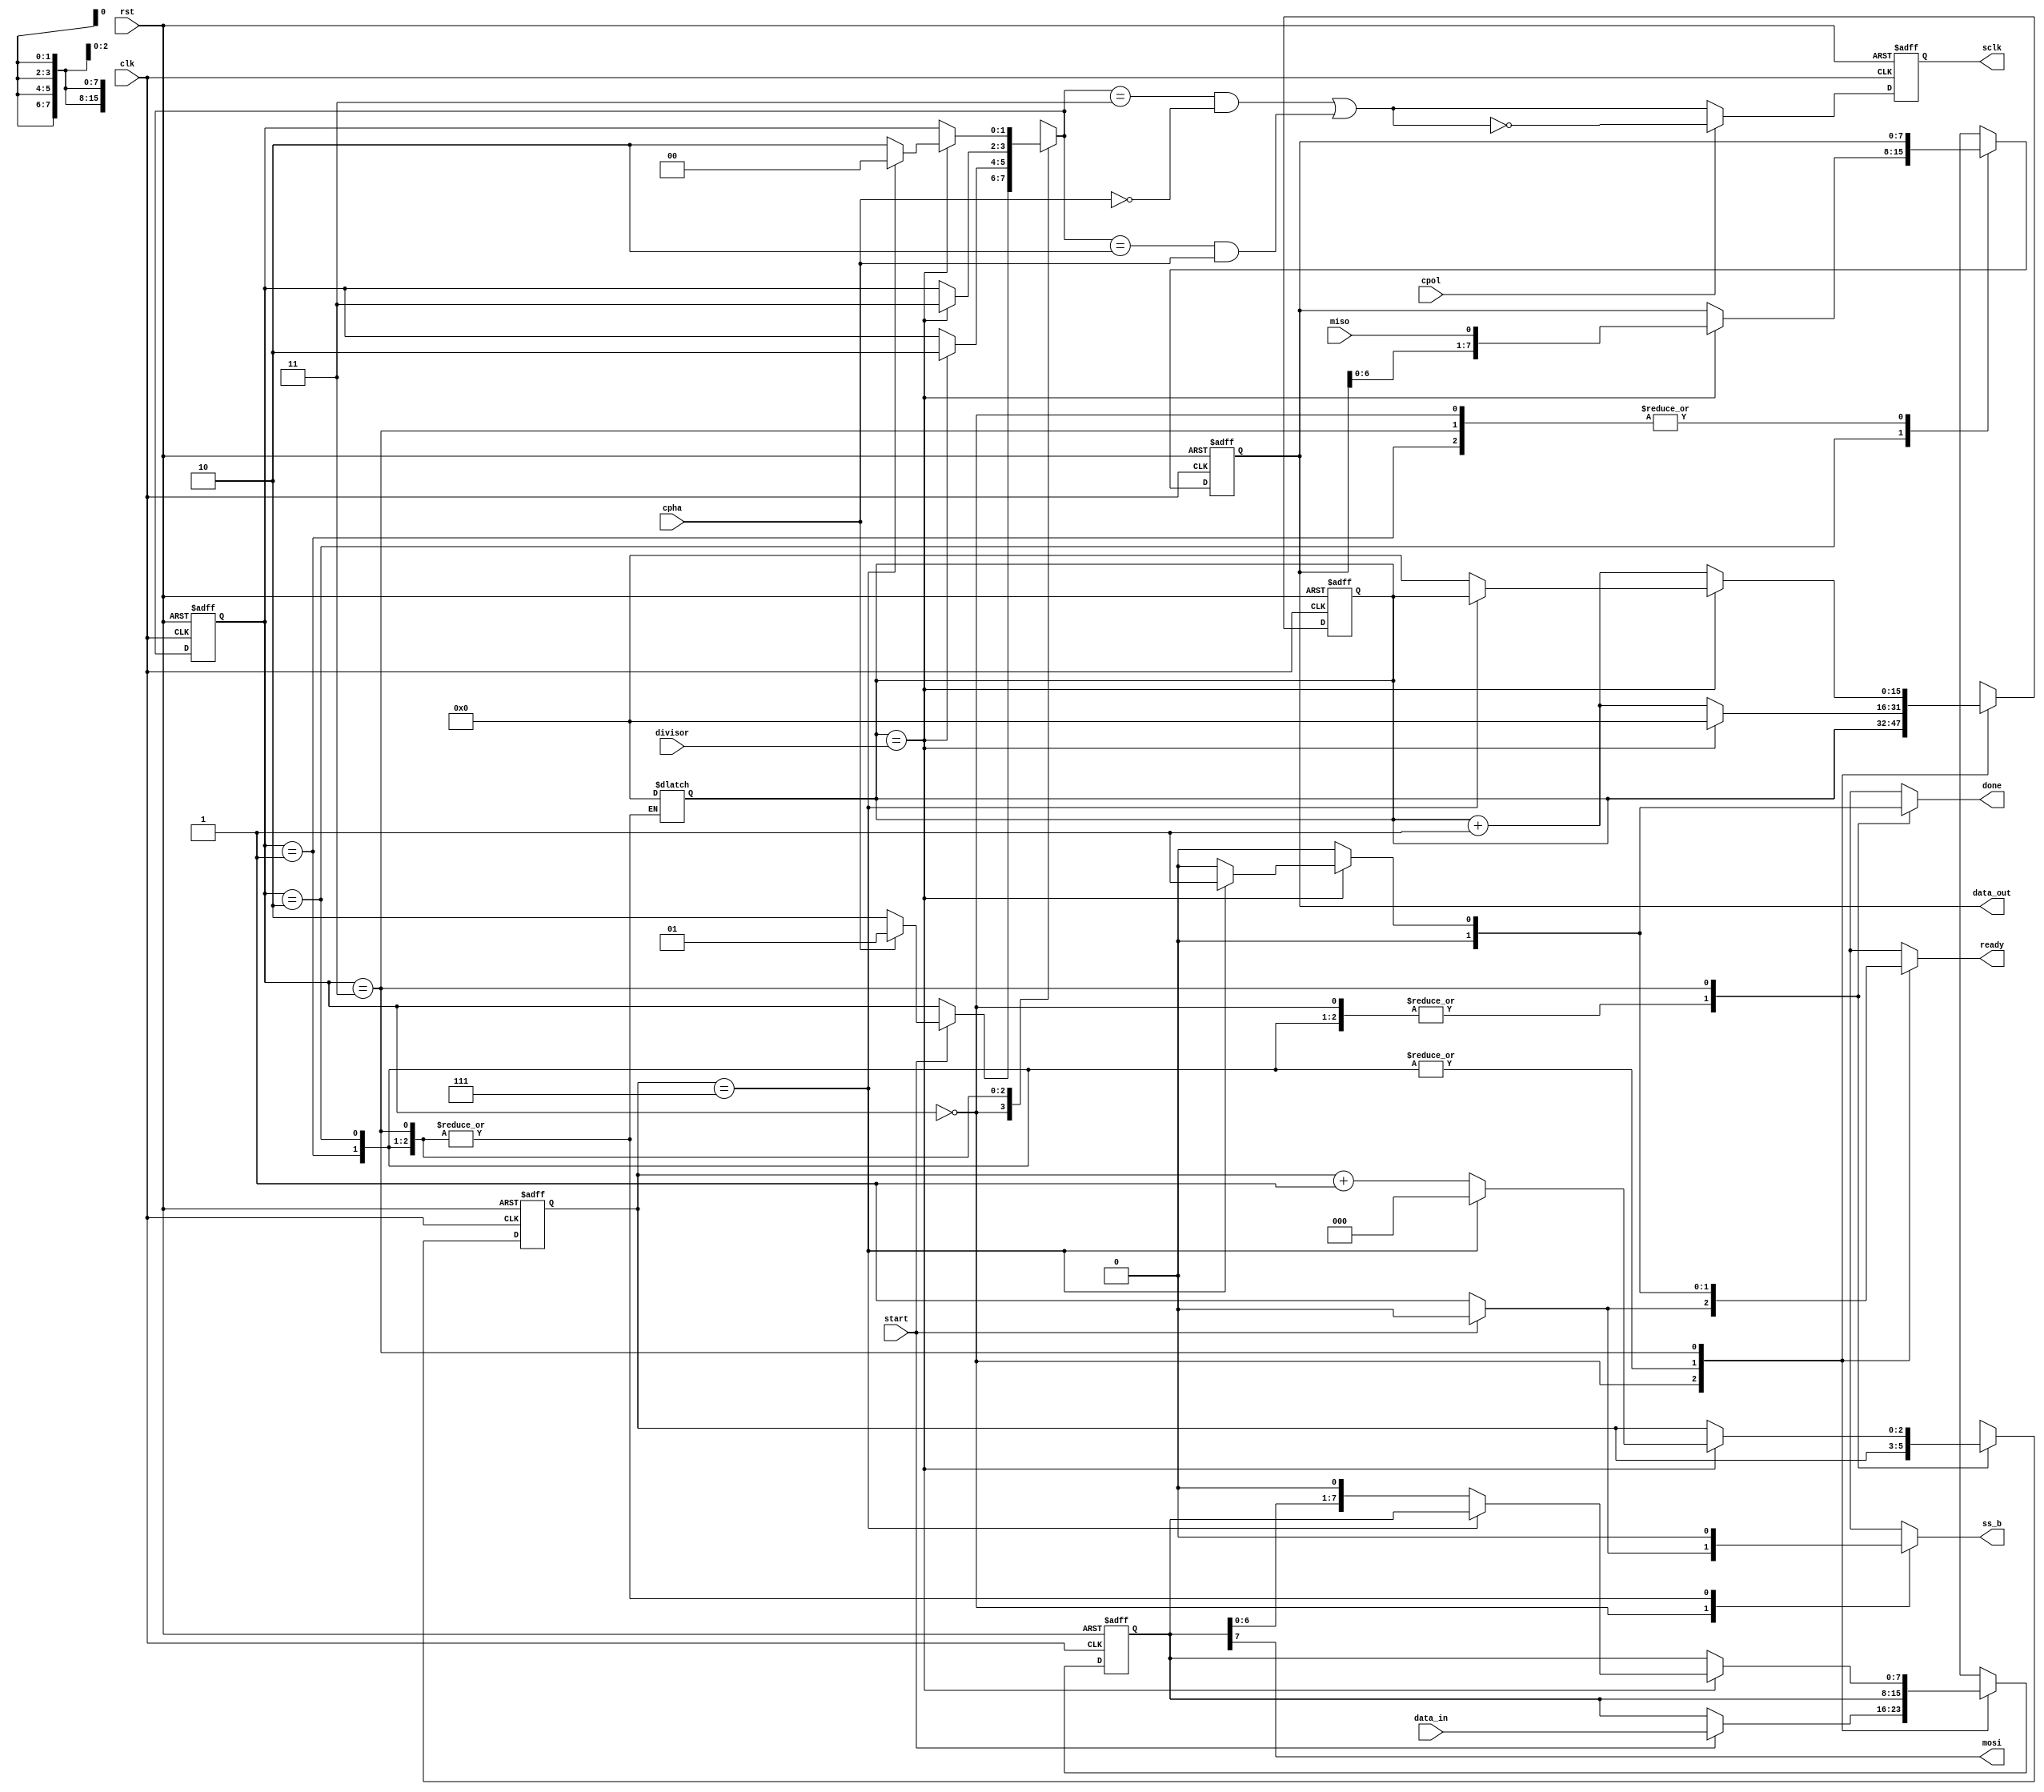
module spi_master (
    clk,rst,data_in,ss_b,start,ready,cpol,cpha,divisor,done,mosi,miso,data_out,sclk
);
input clk,rst,start,cpol,cpha,miso;
input [15:0]divisor;
input [7:0]data_in;
output mosi,ready;
output [7:0]data_out;
output reg ss_b;
output  done;

parameter IDLE = 2'b00, cpha_delay = 2'b01 , half_cycle1 =2'b10, half_cycle2 = 2'b11;
output wire sclk;
reg sclk_cs;
wire sclk_ns;
reg ready1,done1;
reg [2:0]nbit_cs,nbit_ns;
reg [15:0] count_cs,count_ns;
reg [7:0]so_reg_ns,so_reg_cs;
reg [7:0]si_reg_ns,si_reg_cs;
reg [1:0] cs,ns;
reg ss;
wire pclk;

always @(posedge clk,negedge rst)
begin
    if(!rst)
    begin
         cs <= IDLE;
         count_cs <=0;
         sclk_cs <=0;
         si_reg_cs <=0;
         so_reg_cs <=0;
         nbit_cs <=0;
    end    
    else
    begin
        cs <= ns;
        count_cs <= count_ns;
        sclk_cs <= sclk_ns;
        si_reg_cs <=si_reg_ns;
        so_reg_cs <= so_reg_ns;
        nbit_cs <= nbit_ns;
    end
        
end

always @(*)
begin
    //Default Assignments
    ns = cs;
    ready1 = 0;
    done1 = 0;
    count_ns = count_cs;
    nbit_ns=nbit_cs;
    ss_b=1;
    si_reg_ns=si_reg_cs;
    so_reg_ns=so_reg_cs;
    case(cs)
        IDLE: begin
            ready1=1;
            count_cs =0;
            done1 = 0;
            ss_b=1;
            if(start)
            begin
            ready1 = 0;
                done1=0;
                ss_b = 0;
                so_reg_ns =data_in;
               if(cpha)
               ns = cpha_delay;
               else
               ns = half_cycle1;     
            end 
        end
        cpha_delay:begin
            ss_b=0;
            ready1=0;
            if(count_cs == divisor)
            begin
                 ns = half_cycle1;
                 count_ns = 0;
            end
            else
            count_ns = count_cs +1;
        end
        half_cycle1: begin
        ready1=0;
            ss_b=0;
            if(count_cs == divisor) //sclk 0 to 1
            begin
                ns = half_cycle2;
                si_reg_ns = {si_reg_cs[6:0],miso};
                count_ns =0;
            end
            else
            count_ns = count_cs +1;
        end
        half_cycle2: begin
        ready1=0;
            ss_b=0;
            if(count_cs == divisor) //sclk 1 to 0
            begin
                
                if(nbit_cs == 7)
                begin
                    nbit_ns = 0;
                    ns = IDLE;
                    ready1=1;
                    done1 =1;
                end
                else
                begin
                    so_reg_ns = {so_reg_cs[6:0],1'b0};
                    nbit_ns = nbit_cs +1;
                    ns = half_cycle1;
                    count_ns =0;
                end
                end
                else
                count_ns = count_cs +1;
                
            end
           
         endcase
end

assign pclk = ((ns==half_cycle2) && ~cpha) || ((ns==half_cycle1) && cpha);
assign sclk_ns = (cpol)?~pclk:pclk;
assign ready = ready1;
assign data_out = si_reg_cs;
assign mosi = so_reg_cs[7];
assign sclk = sclk_cs;
assign done =done1;




    
endmodule